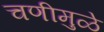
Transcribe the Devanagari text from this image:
चणीमुळे